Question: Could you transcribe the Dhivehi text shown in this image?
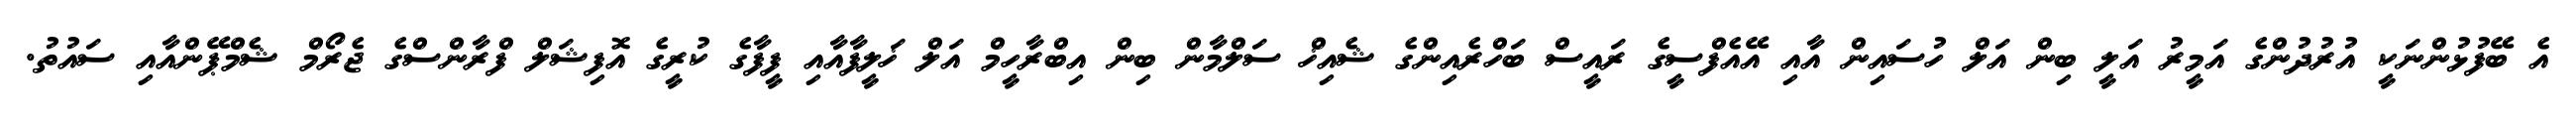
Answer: އެ ބޭފުޅުންނަކީ އުރުދުންގެ އަމީރު އަލީ ބިން އަލް ހުސައިން އާއި އޭއެފްސީގެ ރައީސް ބަހްރެއިންގެ ޝެއިޚް ސަލްމާން ބިން އިބްރާހީމް އަލް ޚަލީފާއާއި ފީފާގެ ކުރީގެ އޮފިޝަލް ފްރާންސްގެ ޖެރޯމް ޝެމްޕޭންއާއި ސައުތު.